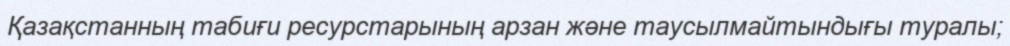
Қазақстанның табиғи ресурстарының арзан және таусылмайтындығы туралы;